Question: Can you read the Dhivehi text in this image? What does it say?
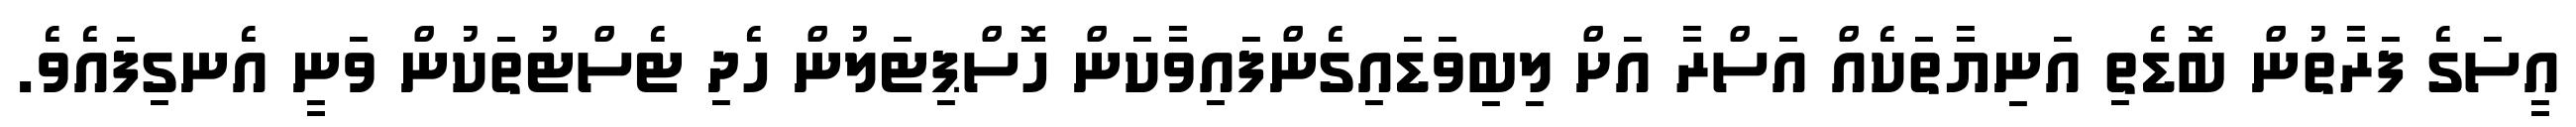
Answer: އީސަގެ ފަރާތުން ބޮޑެތި އަނިޔާތަކެއް އަސްރާ އަށް ލިބިވަޑައިގެންފައިވާކަން ހޮސްޕިޓަލުން ހެދި ޓެސްޓުތަކުން ވަނީ އެނގިފައެވެ.